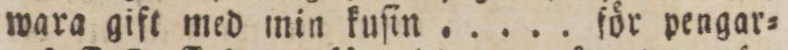
wara gift med min kuſin ..... för pengar=